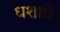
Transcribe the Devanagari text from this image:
धशाचे